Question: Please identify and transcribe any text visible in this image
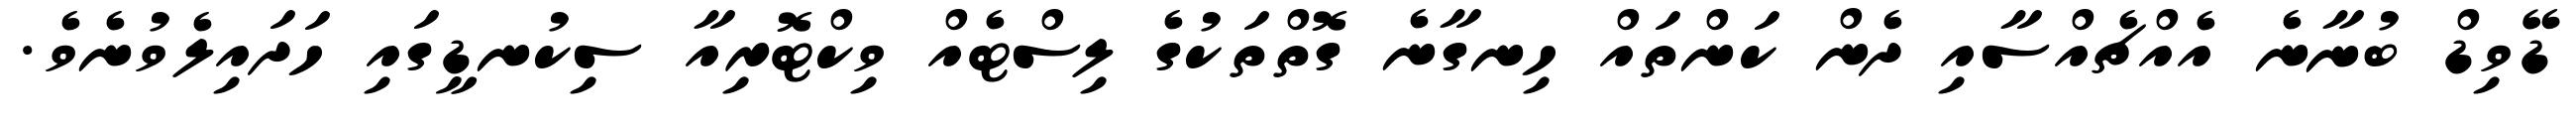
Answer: ޑޭވިޑް ބުނާނެ އެއްޗެއްސާއި ދެން ކަންތައް ހިނގާނެ ގޮތްތަކުގެ ލިސްޓެއް ވިކްޓޮރިއާ ސިކުނޑީގައި ހަދައިލެވުނެވެ.